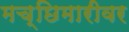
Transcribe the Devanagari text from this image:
मच्छिमारीवर